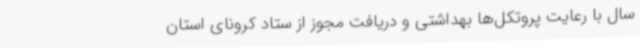
سال با رعایت پروتکل‌ها بهداشتی و دریافت مجوز از ستاد کرونای استان